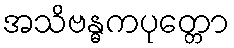
အသိဗန္ဓကပုတ္တော